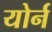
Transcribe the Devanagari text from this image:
योर्न